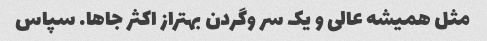
مثل همیشه عالی و یک سر وگردن بهتراز اکثر جاها. سپاس